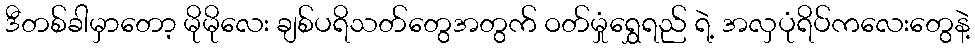
ဒီတစ်ခါမှာတော့ မိုမိုလေး ချစ်ပရိသတ်တွေအတွက် ဝတ်မှုံရွှေရည် ရဲ့ အလှပုံရိပ်ကလေးတွေနဲ့